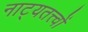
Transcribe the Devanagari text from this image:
नाट्यतत्त्वों